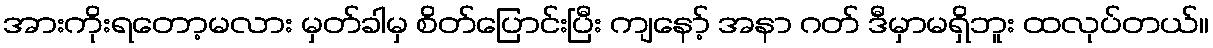
အားကိုးရတော့မလား မှတ်ခါမှ စိတ်ပြောင်းပြီး ကျနော့် အနာ ဂတ် ဒီမှာမရှိဘူး ထလုပ်တယ်။